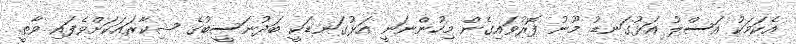
އެކަމަކު އަސްލު އަޅުގަނޑު މޫނު ފޮރުވައިގެން މިހުންނަނީ އަޅުގަނޑަކީ ބަދުނަސީބުގެ ޝިކާރައަކަށްވެފައި ވާތީ.